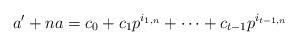
LaTeX: \begin{align*}a'+na = c_0 + c_1 p^{i_{1,n}}+\cdots + c_{t-1} p^{i_{t-1,n}}\end{align*}